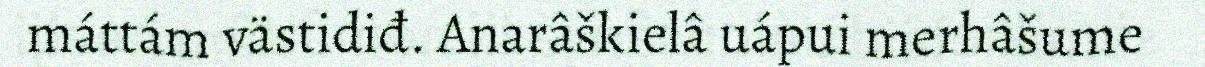
máttám västidiđ. Anarâškielâ uápui merhâšume